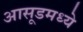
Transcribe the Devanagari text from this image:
आसूडमध्ये